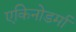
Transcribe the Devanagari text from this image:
एकिनोडर्मा